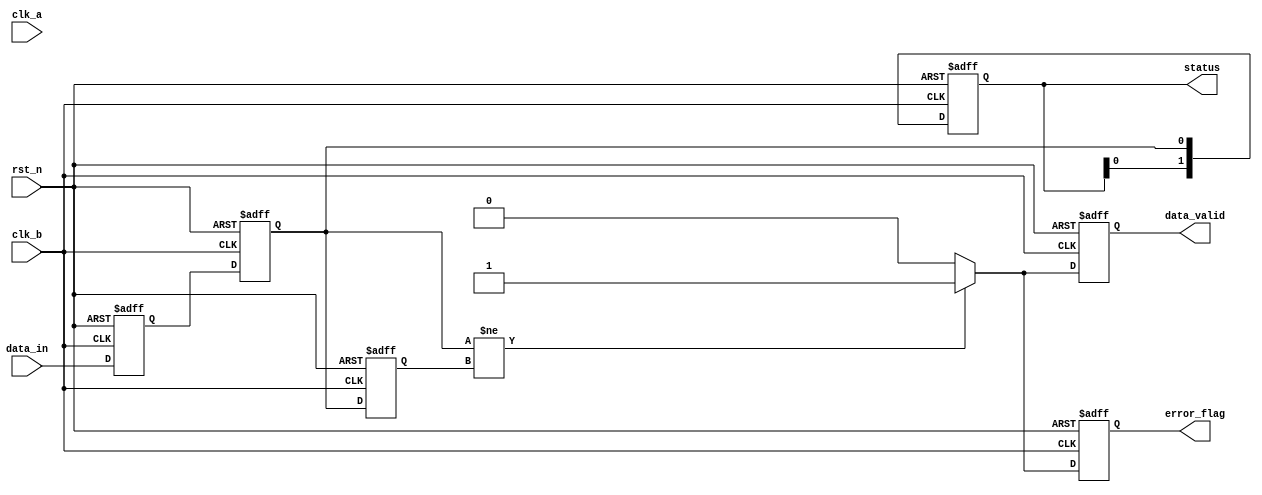
module cdc_detector (
    input wire clk_a,            // Source clock domain
    input wire clk_b,            // Destination clock domain
    input wire rst_n,            // Active low reset
    input wire data_in,          // Data signal from clk_a domain
    output reg data_valid,       // Indicates valid data after synchronization
    output reg error_flag,       // Error flag for detected transitions
    output reg [1:0] status      // Status register for the last two sampled values
);

// Internal signals
reg data_sync_1;               // First stage of synchronization
reg data_sync_2;               // Second stage of synchronization
reg data_prev;                 // Previous sampled value

// Asynchronous reset and synchronization logic
always @(posedge clk_b or negedge rst_n) begin
    if (!rst_n) begin
        data_sync_1 <= 1'b0;
        data_sync_2 <= 1'b0;
        data_prev <= 1'b0;
        data_valid <= 1'b0;
        error_flag <= 1'b0;
        status <= 2'b00;
    end else begin
        // Synchronize the data signal from clk_a to clk_b
        data_sync_1 <= data_in; // Sample on clk_b
        data_sync_2 <= data_sync_1; // Second flip-flop for metastability resolution
        
        // Check for transitions
        if (data_sync_2 != data_prev) begin
            error_flag <= 1'b1; // Transition detected
            data_valid <= 1'b1;  // Valid data present
        end else begin
            error_flag <= 1'b0; // No transition
            data_valid <= 1'b0;  // No valid data
        end
        
        // Update previous sampled value and status
        data_prev <= data_sync_2;
        status <= {status[0], data_sync_2}; // Shift in the new value
    end
end

endmodule